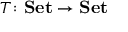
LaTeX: T \colon \mathbf { S e t } \to \mathbf { S e t }